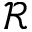
\mathcal { R }